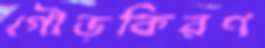
গৌড়কিরণ